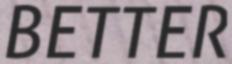
BETTER